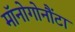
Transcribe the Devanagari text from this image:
मॉनोगोनौंटा